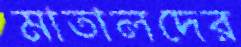
মাতালদের